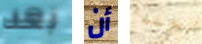
بعد أن نكته